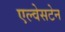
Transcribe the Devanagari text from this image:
एल्वेसटेन